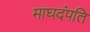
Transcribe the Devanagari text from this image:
माघदंपति